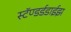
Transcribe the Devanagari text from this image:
स्टॅण्डर्डडाईझ